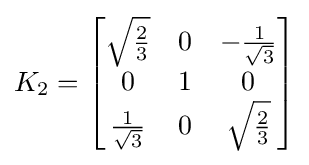
K_{2}={\begin{bmatrix}{\sqrt {\frac {2}{3}}}&0&-{\frac {1}{\sqrt {3}}}\\0&1&0\\{\frac {1}{\sqrt {3}}}&0&{\sqrt {\frac {2}{3}}}\end{bmatrix}}